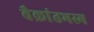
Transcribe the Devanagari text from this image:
वैक्रांतभस्म